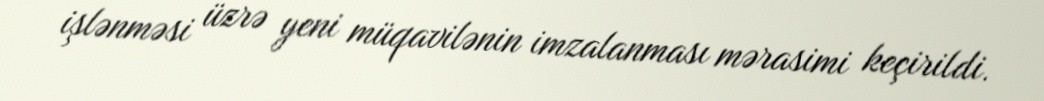
işlənməsi üzrə yeni müqavilənin imzalanması mərasimi keçirildi.